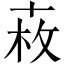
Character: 𠦩